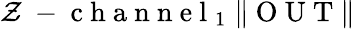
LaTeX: \mathcal{Z}\mathrm{~-~c~h~a~n~n~e~l~}_{1}\; \| \mathrm{~O~U~T~}\|